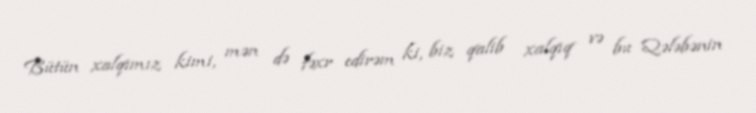
Bütün xalqımız kimi, mən də fəxr edirəm ki, biz qalib xalqıq və bu Qələbənin